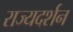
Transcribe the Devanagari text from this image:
राज्यदर्शन